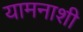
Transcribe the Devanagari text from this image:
यामनाशी